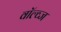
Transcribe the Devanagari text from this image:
वॉल्व्ज